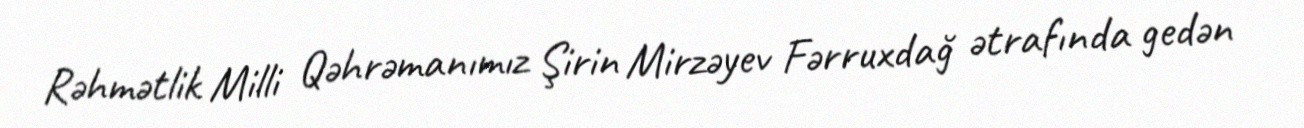
Rəhmətlik Milli Qəhrəmanımız Şirin Mirzəyev Fərruxdağ ətrafında gedən